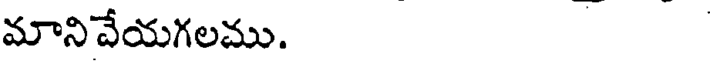
మానివేయగలము.